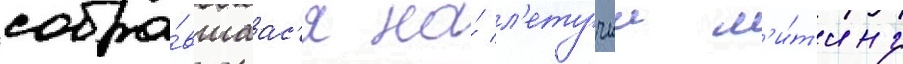
собра́вшаас'я на́ л'етучии м'и́т'инг